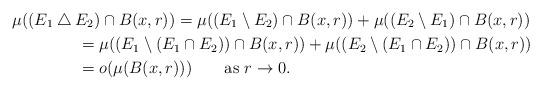
LaTeX: \begin{align*}&\mu((E_1 \bigtriangleup E_2)\cap B(x,r))=\mu((E_1\setminus E_2)\cap B(x,r))+\mu((E_2\setminus E_1)\cap B(x,r))\\ &\qquad\qquad=\mu((E_1\setminus (E_1\cap E_2))\cap B(x,r))+\mu((E_2\setminus (E_1\cap E_2))\cap B(x,r))\\ &\qquad\qquad=o(\mu(B(x,r)))\qquad\textrm{as }r\to 0.\end{align*}